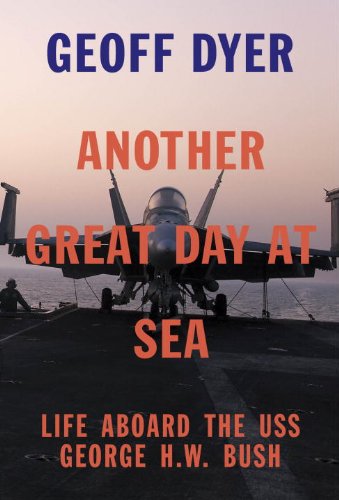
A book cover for Another Great Day at Sea: Life Aboard the USS George H.W. Bush; Geoff Dyer; Engineering & Transportation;